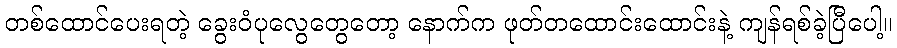
တစ်ထောင်ပေးရတဲ့ ခွေးဝံပုလွေတွေတော့ နောက်က ဖုတ်တထောင်းထောင်းနဲ့ ကျန်ရစ်ခဲ့ပြီပေါ့။